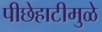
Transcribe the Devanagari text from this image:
पीछेहाटीमुळे